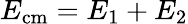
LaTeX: E_{\mathrm{cm}}=E_{1}+E_{2}